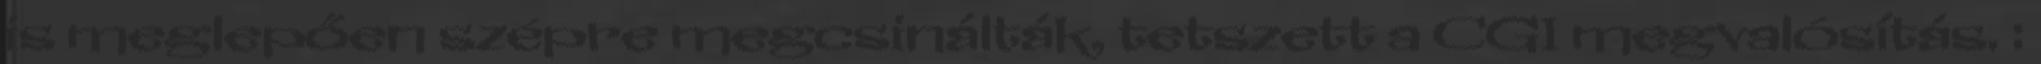
is meglepően szépre megcsinálták, tetszett a CGI megvalósítás. :